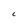
Character: C